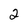
Character: 2